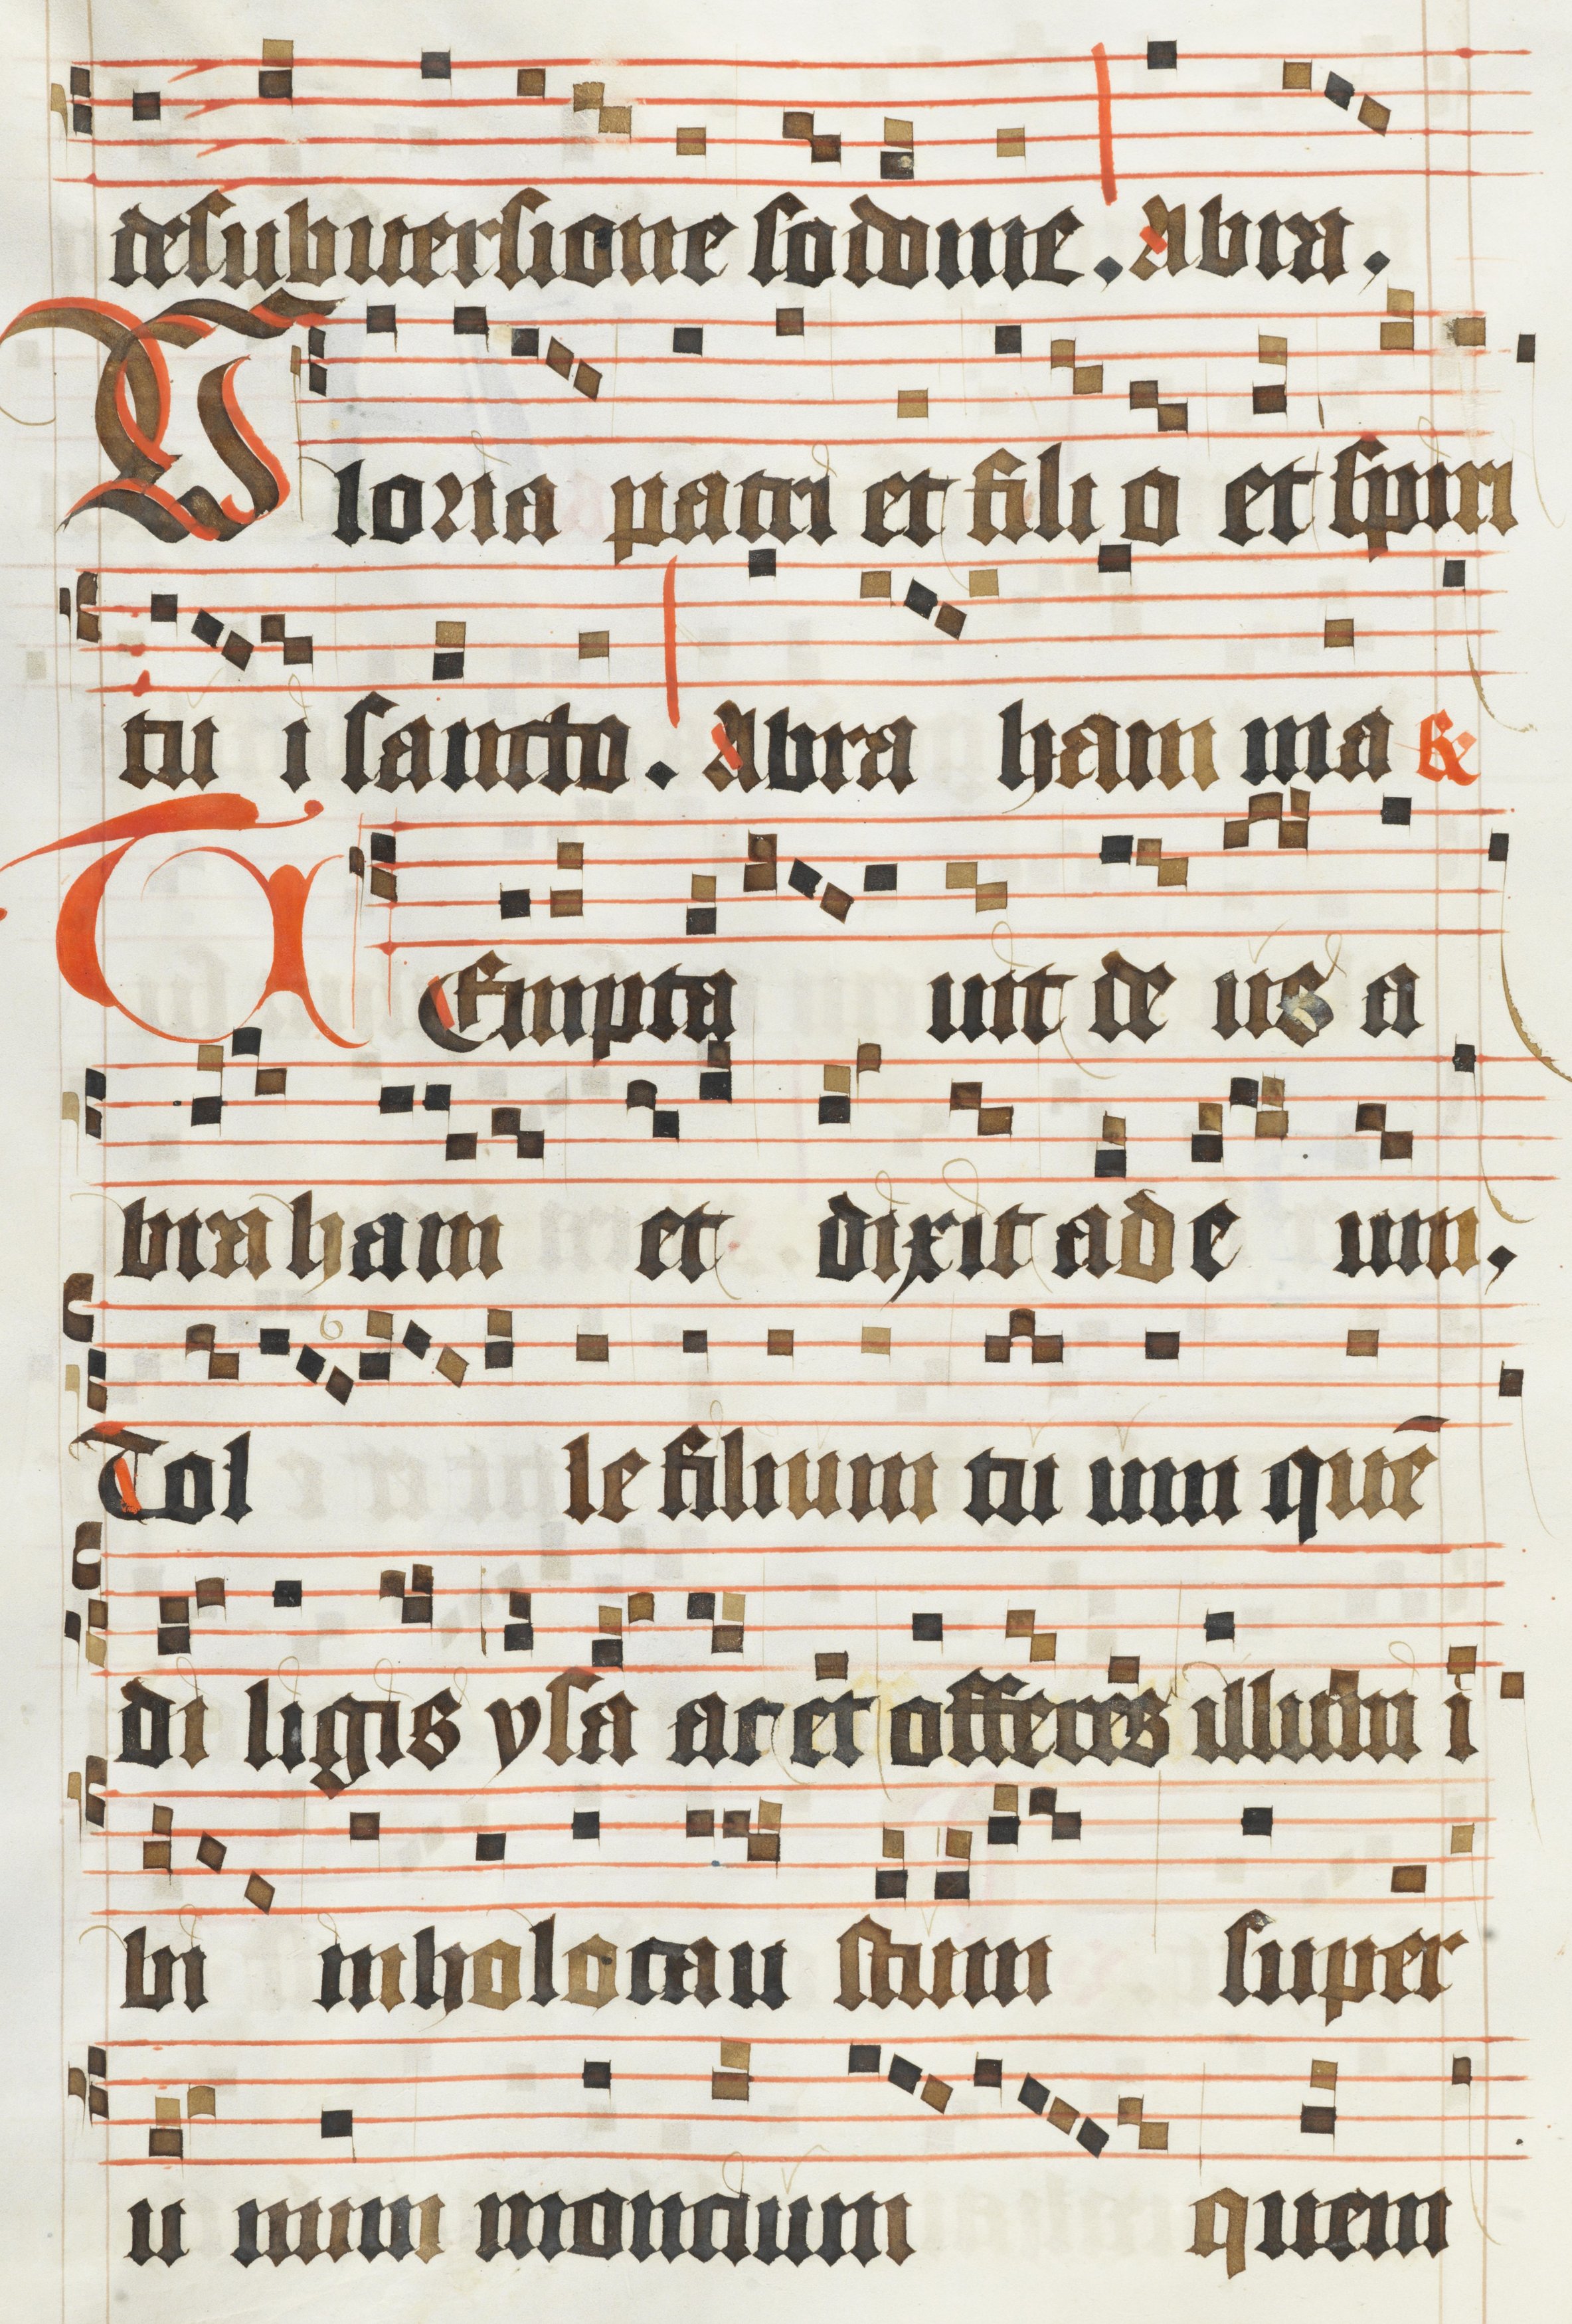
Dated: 1450–1499